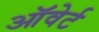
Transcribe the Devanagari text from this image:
ऑवेर्ट